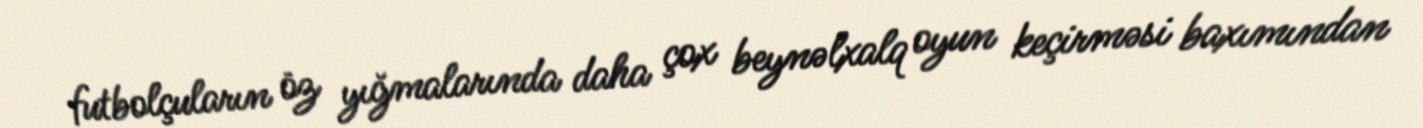
futbolçuların öz yığmalarında daha çox beynəlxalq oyun keçirməsi baxımından